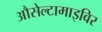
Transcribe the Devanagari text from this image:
औसेल्टामाइविर